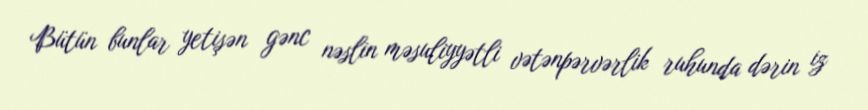
Bütün bunlar yetişən gənc nəslin məsuliyyətli vətənpərvərlik ruhunda dərin iz